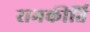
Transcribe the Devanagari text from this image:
रामकीर्ति